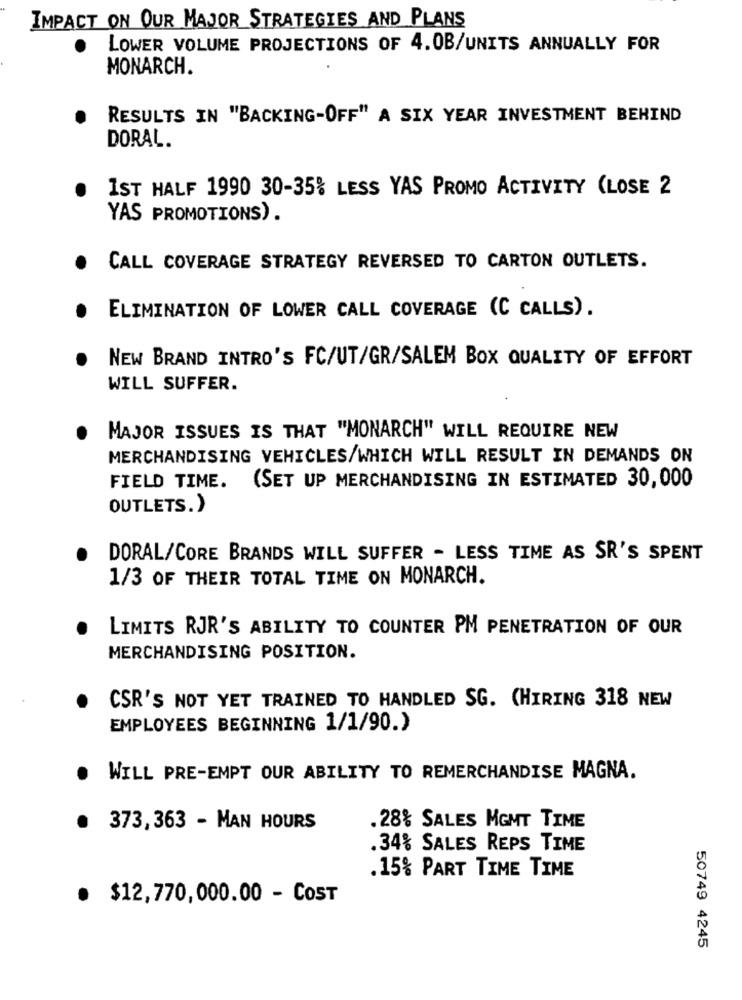
IMPACT ON OUR MAJOR STRATEGIES AND PLANS
LOWER VOLUME PROJECTIONS OF 4.0B/UNITS ANNUALLY FOR
MONARCH.
RESULTS IN "BACKING-OFF" A SIX YEAR INVESTMENT BEHIND
DORAL.
IST HALF 1990 30-35% LESS YAS PROMO ACTIVITY (LOSE 2
YAS PROMOTIONS).
CALL COVERAGE STRATEGY REVERSED TO CARTON OUTLETS.
ELIMINATION OF LOWER CALL COVERAGE (C CALLS).
NEW BRAND INTRO'S FC/UT/GR/SALEM BOX QUALITY OF EFFORT
WILL SUFFER.
MAJOR ISSUES IS THAT "MONARCH" WILL REQUIRE NEW
MERCHANDISING VEHICLES/WHICH WILL RESULT IN DEMANDS ON
FIELD TIME. (SET UP MERCHANDISING IN ESTIMATED 30,000
OUTLETS.)
DORAL/CORE BRANDS WILL SUFFER - LESS TIME AS SR'S SPENT
1/3 OF THEIR TOTAL TIME ON MONARCH.
LIMITS RJR'S ABILITY TO COUNTER PM PENETRATION OF OUR
MERCHANDISING POSITION.
CSR'S NOT YET TRAINED TO HANDLED SG. (HIRING 318 NEW
EMPLOYEES BEGINNING 1/1/90.)
WILL PRE-EMPT OUR ABILITY TO REMERCHANDISE MAGNA.
. 373, 363 - MAN HOURS
.28% SALES MGMT TIME
.34% SALES REPS TIME
.15% PART TIME TIME
· $12,770,000.00 - COST
50749 4245